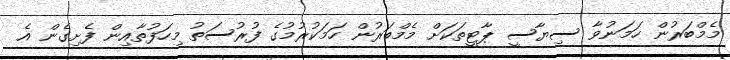
މެމްބަރުން ހަމަނުވާ ސިޔާސީ ޕާޓީތަކަށް މެމްބަރުން ހަމަކުރުމުގެ ފުރުސަތު މިހަފުތާއިން ފެށިގެން އެ